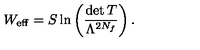
W _ { \mathrm { e f f } } = S \ln \left( \frac { \det T } { \Lambda ^ { 2 N _ { f } } } \right) .